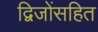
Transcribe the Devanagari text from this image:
द्विजोंसहित